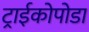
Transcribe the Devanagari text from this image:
ट्राईकोपोडा